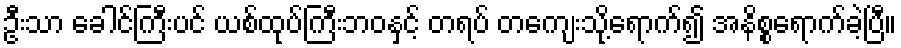
ဦးသာ ခေါင်ကြီးပင် ယစ်ထုပ်ကြီးဘဝနှင့် တရပ် တကျေးသို့ရောက်၍ အနိစ္စရောက်ခဲ့ပြီ။